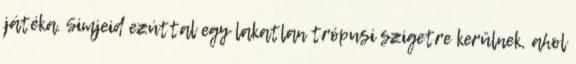
játéka. Simjeid ezúttal egy lakatlan trópusi szigetre kerülnek, ahol